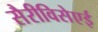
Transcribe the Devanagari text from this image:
सैरीविसेएई